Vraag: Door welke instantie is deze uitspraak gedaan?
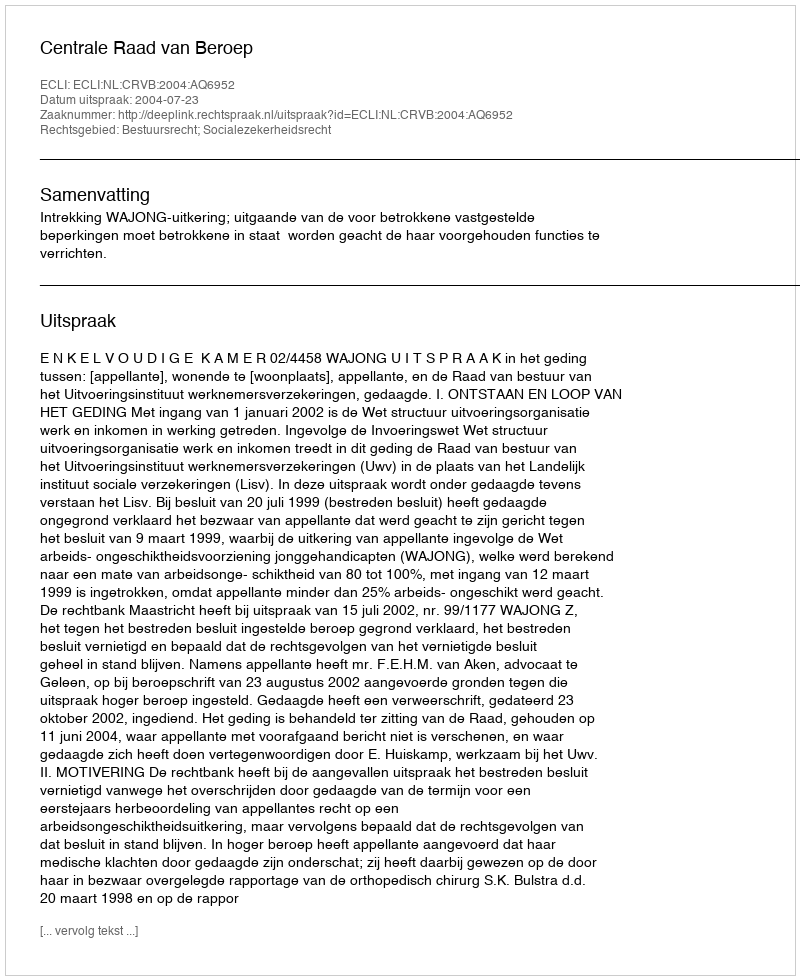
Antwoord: Centrale Raad van Beroep